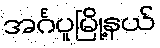
အင်္ဂပူမြို့နယ်